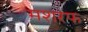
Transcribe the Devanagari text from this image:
मशरफ